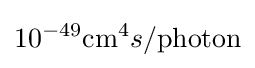
10^{-49}{\text{cm}}^{4}s/{\text{photon}}